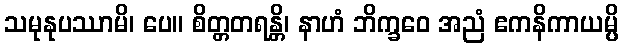
သမုနုပဿာမိ၊ ပေ။ စိတ္တတရန္တိ၊ နာဟံ ဘိက္ခဝေ အညံ ဧကနိကာယမ္ပိ